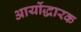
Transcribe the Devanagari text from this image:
आर्योद्धारक